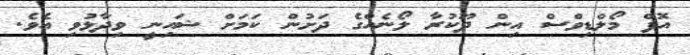
އޮފް މޯލްޑިވްސް އިން ދޫކުރާ ލޯނެއްގެ ދަށުން ކަމަށް ޝައިނީ ވިދާޅުވި އެވެ.